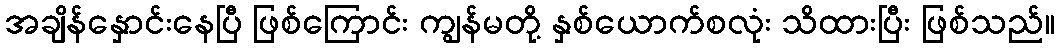
အချိန်နှောင်းနေပြီ ဖြစ်ကြောင်း ကျွန်မတို့ နှစ်ယောက်စလုံး သိထားပြီး ဖြစ်သည်။